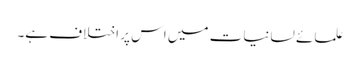
علمائے لسانیات میں اس پر اختلاف ہے۔